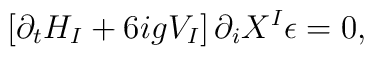
\left[\partial_tH_I+6igV_I\right]\partial_iX^I\epsilon=0,